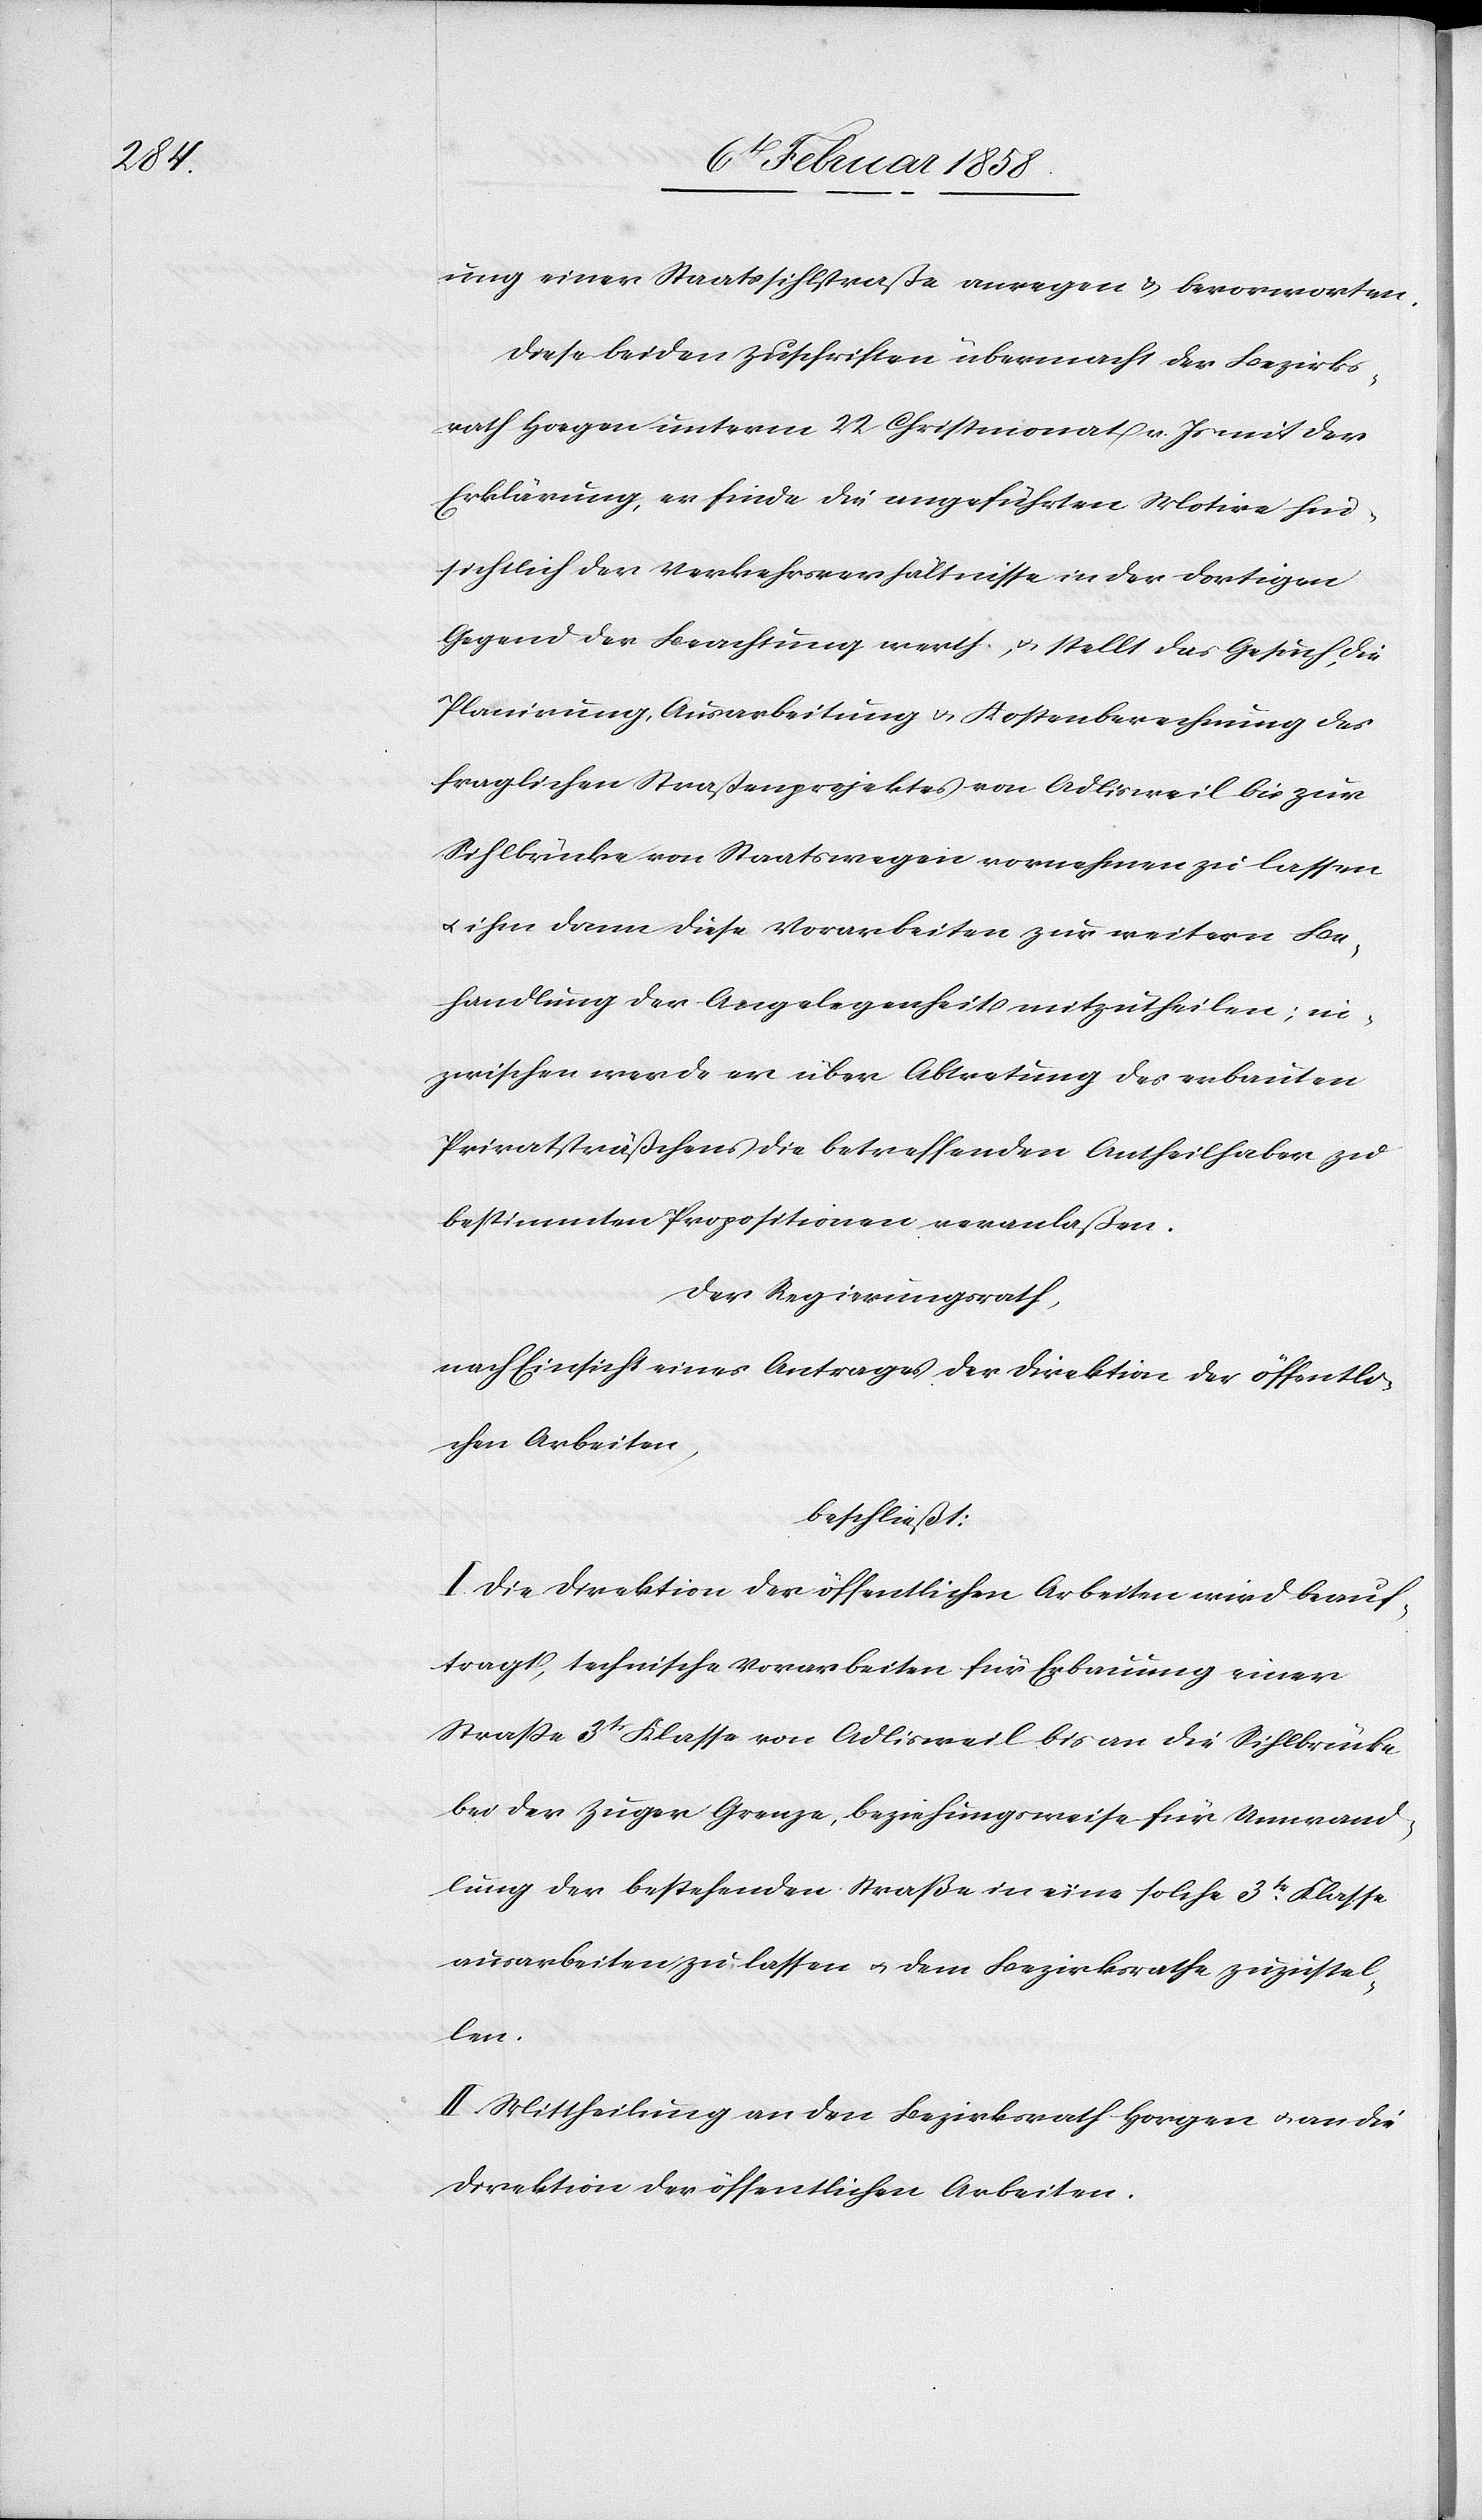
ung einer Staatssihlstraße anregen u. bevorworten.
Diese beiden Zuschriften übermacht der Bezirks¬
rath Horgen unterm 22 Christmonat v. Js mit der
Erklärung, er finde die angeführten Motive hin¬
sichtlich der Verkehrsverhältnisse in der dortigen
Gegend der Beachtung werth u. stellt das Gesuch, die
Planirung, Ausarbeitung u. Kostenberechnung des
fraglichen Straßenprojektes von Adlisweil bis zur
Sihlbrücke von Staatswegen vornehmen zu lassen
u. ihm dann diese Vorarbeiten zur weitern Be¬
handlung der Angelegenheit mitzutheilen; in¬
zwischen werde er über Abtretung des erbauten
Privatsträßchens die Betreffenden Antheilhaber zu
bestimmten Propositionen veranlaßen.
Der Regierungsrath,
nach Einsicht eines Antrages der Direktion der öffentli¬
chen Arbeiten,
beschließt:
I. Die Direktion der öffentlichen Arbeiten wird beauf¬
tragt, technische Vorarbeiten für Erbauung einer
Straße 3tr Klasse von Adlisweil bis an die Sihlbrücke
bei der Zuger Grenze, beziehungsweise für Umwand¬
lung der bestehenden Straße in eine solche 3tr Klasse
ausarbeiten zu lassen u. dem Bezirksrathe zuzustel¬
len.
II. Mittheilung an den Bezirksrath Horgen u. an die
Direktion der öffentlichen Arbeiten.